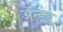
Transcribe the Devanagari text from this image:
अॅन्ड्र्यू